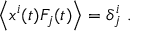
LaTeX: \left\langle x ^ { i } ( t ) F _ { j } ( t ) \right\rangle = \delta _ { j } ^ { i } \ .